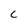
Character: C